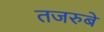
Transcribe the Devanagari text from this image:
तजरुबे